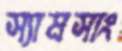
স্যামসাং